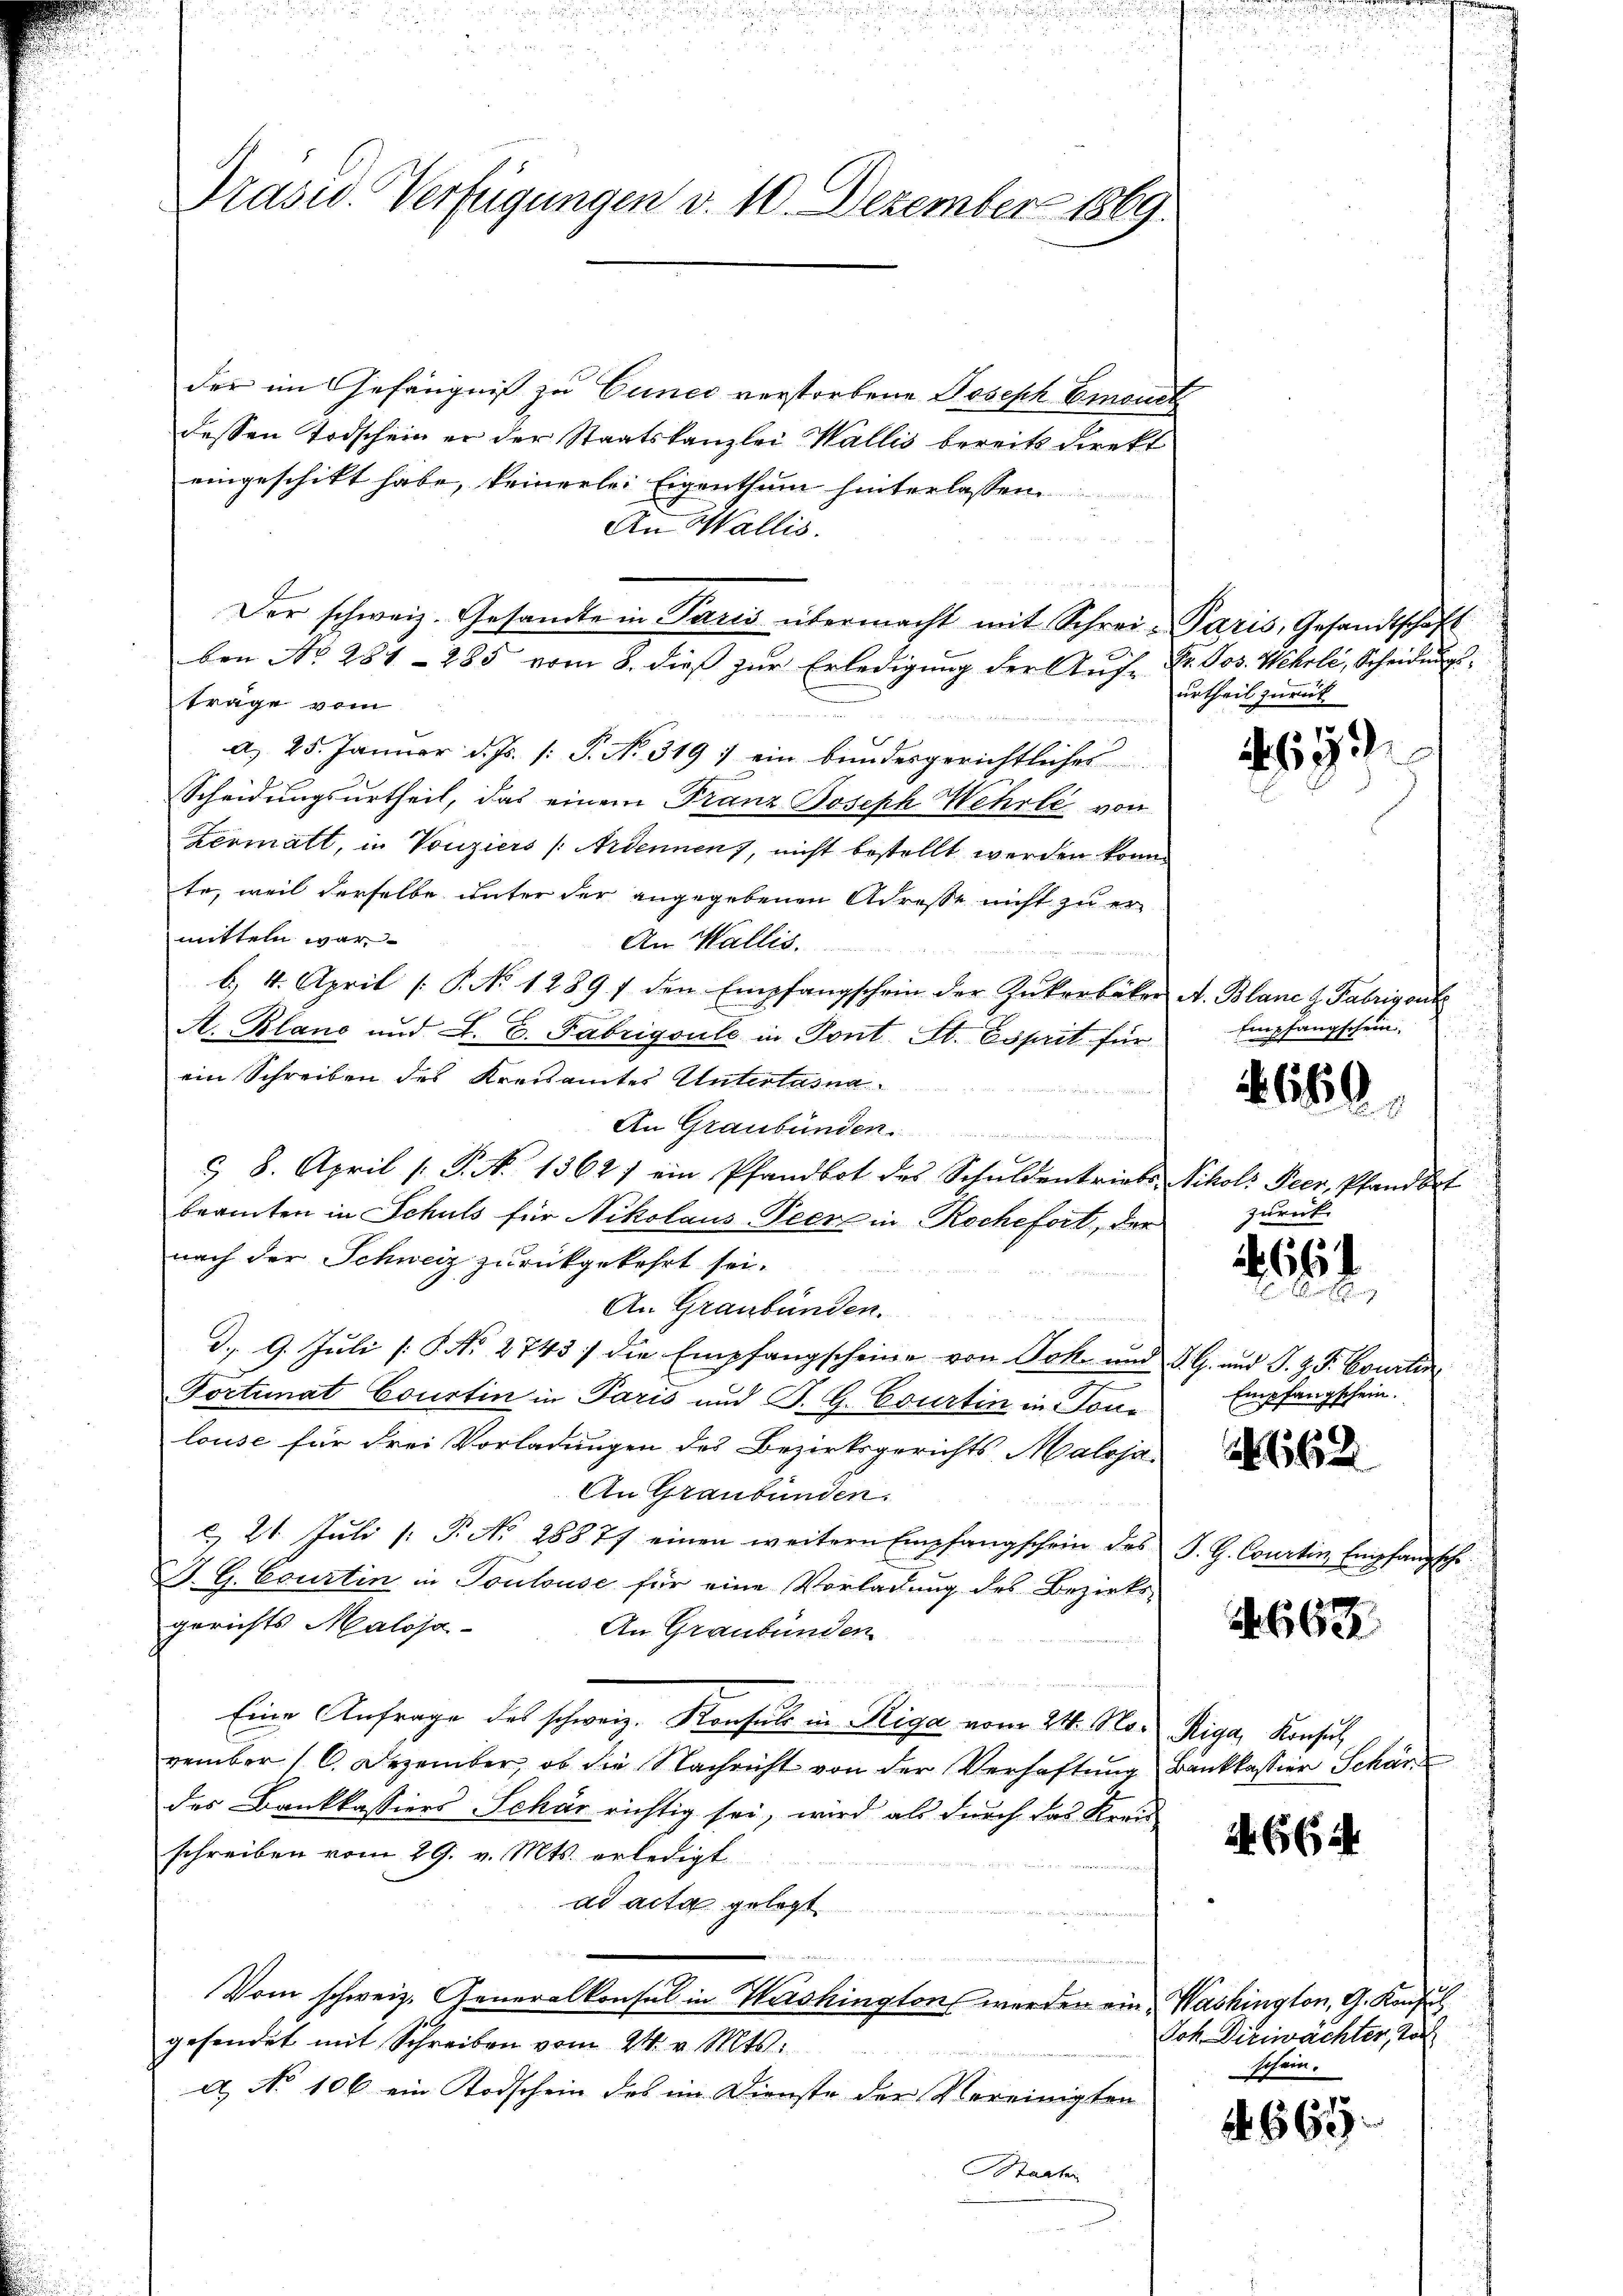
Präsid. Verfügungen v. 10. Dezember 1869.

der im Gefängniß zu Gunec verstorbene Joseph Emouch
dessen Todschein er der Staatskanzlei Wallis bereits direkt
eingeschikt habe, keinerlei Eigenthum hinterlassen
An Wallis.
Der schweiz. Gesandte in Paris übermacht mit Schrei-Paris, Gesandtschaft
ben No 281 - 285 vom 8. dieß zur Erledigung der Auf- Dr. Jos. Wehrli, Scheidungsträge vom
ee sche
a. 25. Januar d. Js. [: P. No. 319 : ein bundesgerichtliches
Scheidungsurtheil, das einem Franz Joseph Wehrli von
Zermatt, in Vouziers (Ardennen, nicht bestellt werden könne
te, weil derselbe unter der angegebenen Adresse nicht zu er-
mitteln war
An Wallis.

b. 4. April [S. No 1289 f den Empfangschein der Zukerbäker A. Blane z. Fabrigent
A. Plane und L. E. Fabrigoule in Tont St. Esprit für
ein Schreiben des Kreisamtes Untertasna

An Graubünden
& 8. April ( P. N. 1362) ein Pfandbot des Schuldentriebs- Nikoli Peer, Pfandbet
beamten in Schuls für Nikolaus Peer in Roche fort, der
nach der Schweiz zurückgekehrt sei.
An Graubünden.
d. 9. Juli [No 2743 / die Empfangscheine von Jok. und d. G. und S. z. B. Courter
Fortunat Courtin in Paris und J. G. Courtin in Ton-
louse für drei Vorladungen des Bezirksgerichts Maloja
An Graubünden.
 21. Juli [ P. No. 28877 einen weitern Empfangschein des J. G. Courtin Empfangsche
J. G. Courtin in Toulouse für eine Vorladung des Bezirks-
gerichts Maloja-
An Graubünden
Eine Anfrage des schweiz. Konsuls in Riga vom 24. No. Riga, Konsuch
vember 16. Dezember, ob die Nachricht von der Verhaftung Bankkassier Schär
des Bankkassiers-Sehár richtig sei, wird als durch das Kreu
schreiben vom 29. v. Mts. erledigt
ad acta gelegt.

Vom schweiz. Generalkonsul in Washington werden ein Washington, G. Konsul
gesendet mit Schreiben vom 24. v. Mts.
a No 106 ein Todschein des im Dienste der Vereinigten
Starter

urtheil zurück

Empfangschein

zurück

612

660

66

Empfangschein.

162

662

2. Es i

Joh. Diriwächter, Toch
schein.

665.